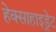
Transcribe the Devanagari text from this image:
हेक्साहाइड्रेट